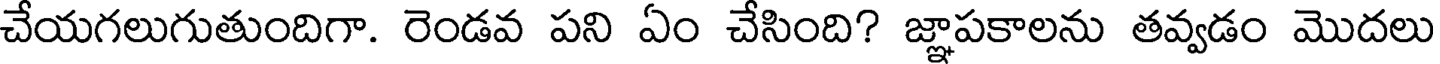
చేయగలుగుతుందిగా. రెండవ పని ఏం చేసింది? జ్ఞాపకాలను తవ్వడం మొదలు